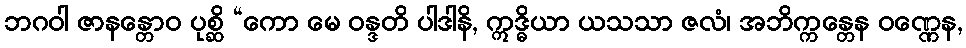
ဘဂဝါ ဇာနန္တောဝ ပုစ္ဆိ “ကော မေ ဝန္ဒတိ ပါဒါနိ, ဣဒ္ဓိယာ ယသသာ ဇလံ၊ အဘိက္ကန္တေန ဝဏ္ဏေန,